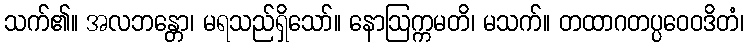
သက်၏။ အလဘန္တော၊ မရသည်ရှိသော်။ နောဩက္ကမတိ၊ မသက်။ တထာဂတပ္ပဝေဝဒိတံ၊